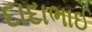
દાદાભાઈ